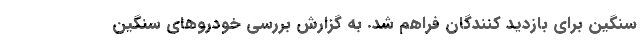
سنگین برای بازدید کنندگان فراهم شد. به گزارش بررسی خودروهای سنگین